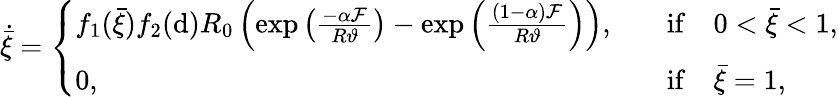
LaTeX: \dot{\bar{\xi}}=\left\{ \begin{array}{ll}{f_{1}(\bar{\xi})f_{2}(\mathrm{d})R_{0}\left(\exp\left(\frac{-\alpha\mathcal{F}}{R\vartheta}\right)-\exp\left(\frac{(1-\alpha)\mathcal{F}}{R\vartheta}\right)\right),}&{\quad\mathrm{if}\quad 0<\bar{\xi}<1,}\\ {0,}&{\quad\mathrm{if}\quad\bar{\xi}=1,}\end{array}\right.